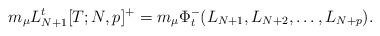
LaTeX: \begin{align*}m_{\mu} L_{N +1}^t [T; N, p]^+ =m_{\mu} \Phi_t^- (L_{N+1}, L_{N+2}, \dots, L_{N+p}). \end{align*}